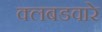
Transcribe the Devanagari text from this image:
क्लबडवारे